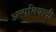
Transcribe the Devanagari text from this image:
अल्पमियादी